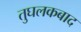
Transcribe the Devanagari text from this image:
तुघलकबाद